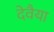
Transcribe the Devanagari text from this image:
देवैया